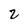
Character: 2